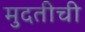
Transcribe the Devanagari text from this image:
मुदतीची